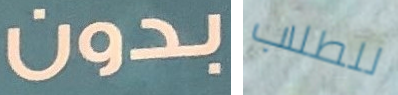
بدون للطلاب